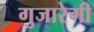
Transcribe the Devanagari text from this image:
गुजारेगी